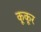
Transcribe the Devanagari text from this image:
कूकूर